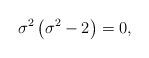
LaTeX: \begin{align*}\sigma ^2\left( \sigma ^2-2\right) =0 , \end{align*}